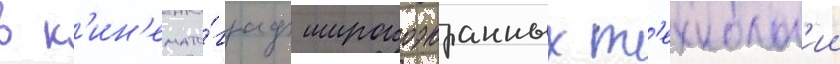
в к'ин'емато́граф широкоэкранных т'ехнолог'ии